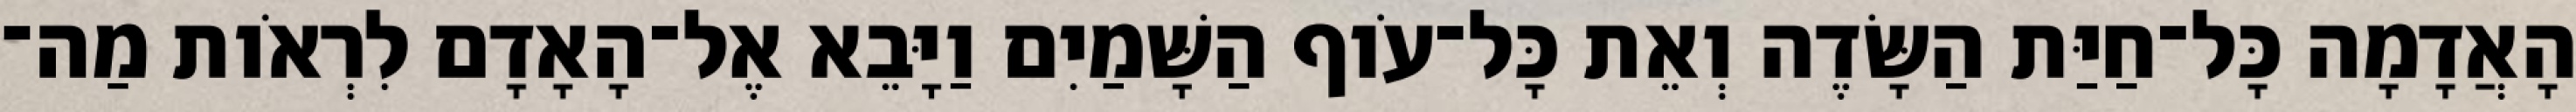
הָאֲדָמָה כָּל־חַיַּת הַשָּׂדֶה וְאֵת כָּל־עֹוף הַשָּׁמַיִם וַיָּבֵא אֶל־הָאָדָם לִרְאֹות מַה־